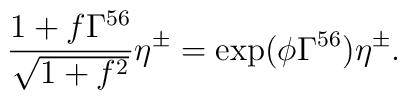
\frac{1+f\Gamma^{56}}{\sqrt{1+f^2}}\eta^\pm=\exp(\phi\Gamma^{56})\eta^\pm.